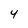
Character: 4